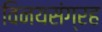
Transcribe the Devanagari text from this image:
विनयसंग्रह